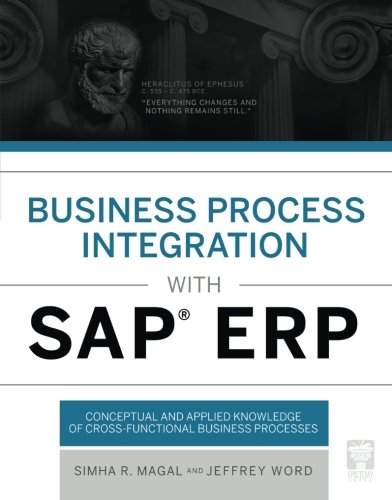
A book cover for Business Process Integration with SAP ERP; Simha R. Magal; Computers & Technology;